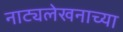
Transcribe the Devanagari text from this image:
नाट्यलेखनाच्या